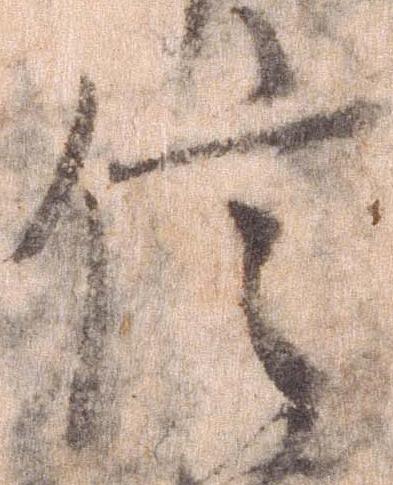
信